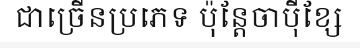
ជាច្រើនប្រភេទ ប៉ុន្តែចាប៉ីខ្សែ